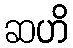
ဆဟိ